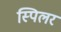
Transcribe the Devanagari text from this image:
स्पिलर